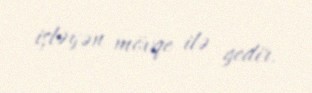
işləyən mövqe ilə gedir.